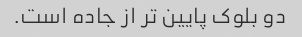
دو بلوک پایین تر از جاده است.